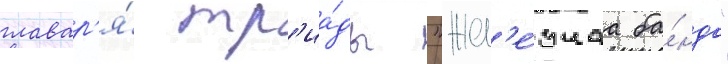
главар'я́ тр'иа́ды "жел'е́знаа ба́нда"